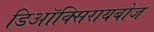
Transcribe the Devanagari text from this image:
डिऑक्सिरायबोज